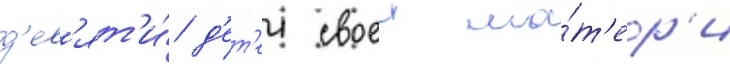
д'ев'ят'и́ д'ет'еи своеи ма́т'ер'и